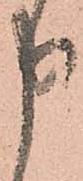
申